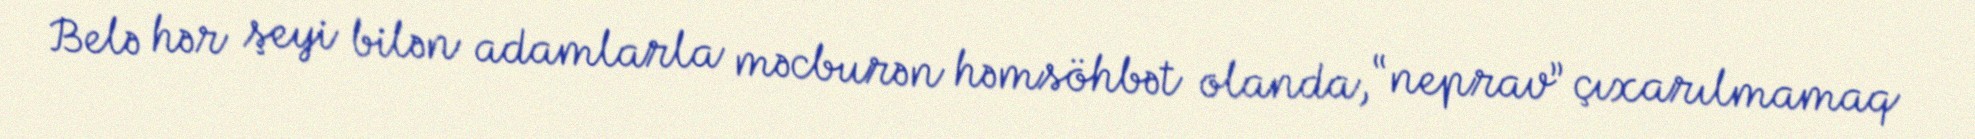
Belə hər şeyi bilən adamlarla məcburən həmsöhbət olanda, “neprav” çıxarılmamaq